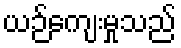
ယဉ်ကျေးမှုသည်